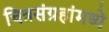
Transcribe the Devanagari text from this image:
चित्रसंग्रहांमध्ये